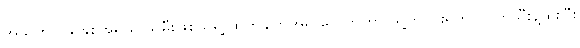
အသက် ၂၉ နှစ်အရွယ် သမီးဖြစ်သူရဲ့ ထွက်ချက်အရ ဗေလာဟာ သူ့ကို ပါးရိုက်၊ လက်သီးနဲ့ထိုးပြီး